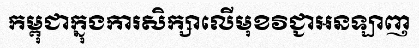
កម្ពុជាក្នុងការសិក្សាលើមុខវិជ្ជាអនឡាញ